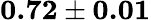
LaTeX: \textbf{0.72}\pm\textbf{0.01}